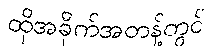
ထိုအခိုက်အတန့်တွင်